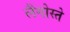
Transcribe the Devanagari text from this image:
लैंगोस्ते